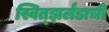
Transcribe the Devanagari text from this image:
स्वित्झर्लंडाची